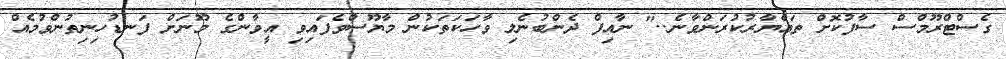
ގެސްޓްރޫމްސް ސާފުކޮށް ތައްޔާރުކުރަންވާނެ.." ނާއިފް ދެންބުނެލި ވާހަކަތަކުން މާޔޫސްވެފައިވި އީވާންގެ މޫނަށް ފަނޑުހިނިތުންވުމެއް